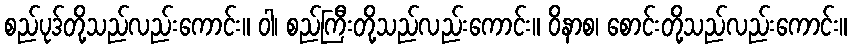
စည်ပုဒ်တို့သည်လည်းကောင်း။ ဝါ၊ စည်ကြီးတို့သည်လည်းကောင်း။ ဝိနာစ၊ စောင်းတို့သည်လည်းကောင်း။